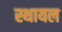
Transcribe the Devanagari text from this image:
स्थायल